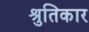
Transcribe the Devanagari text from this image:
श्रुतिकार